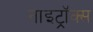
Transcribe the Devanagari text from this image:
नाइट्रॉक्स